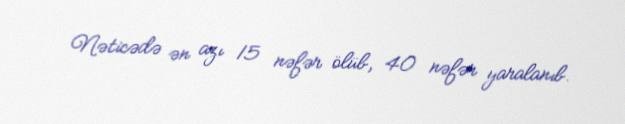
Nəticədə ən azı 15 nəfər ölüb, 40 nəfər yaralanıb.